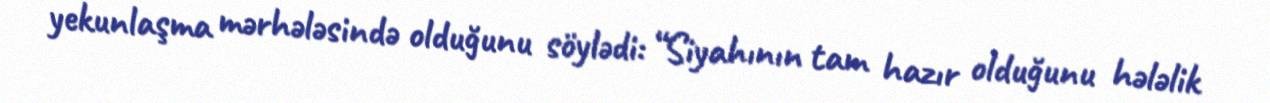
yekunlaşma mərhələsində olduğunu söylədi: “Siyahının tam hazır olduğunu hələlik